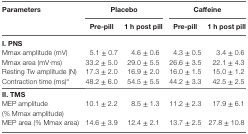
<table><thead><tr><td rowspan="2"><b>Parameters</b></td><td colspan="2"><b>Placebo</b></td><td colspan="2"><b>Caffeine</b></td></tr><tr><td><b>Pre-pill</b></td><td><b>1 h post pill</b></td><td><b>Pre-pill</b></td><td><b>1 h post pill</b></td></tr></thead><tbody><tr><td colspan="5"><b>I. PNS</b></td></tr><tr><td>Mmax amplitude (mV)</td><td>5.1 ± 0.7</td><td>4.6 ± 0.6</td><td>4.3 ± 0.5</td><td>3.4 ± 0.6</td></tr><tr><td>Mmax area (mV·ms)</td><td>33.2 ± 5.0</td><td>29.0 ± 5.5</td><td>26.6 ± 3.5</td><td>22.1 ± 4.3</td></tr><tr><td>Resting Tw amplitude (N)</td><td>17.3 ± 2.0</td><td>16.9 ± 2.0</td><td>16.0 ± 1.5</td><td>15.0 ± 1.2</td></tr><tr><td>Contraction time (ms)<sup>a</sup></td><td>48.2 ± 6.0</td><td>54.5 ± 5.5</td><td>44.2 ± 3.3</td><td>42.5 ± 2.5</td></tr><tr><td colspan="5"><b>II. TMS</b></td></tr><tr><td>MEP amplitude (% Mmax amplitude)</td><td>10.1 ± 2.2</td><td>8.5 ± 1.3</td><td>11.2 ± 2.3</td><td>17.9 ± 6.1</td></tr><tr><td>MEP area (% Mmax area)</td><td>14.6 ± 3.9</td><td>12.4 ± 2.1</td><td>13.7 ± 2.5</td><td>27.8 ± 10.8</td></tr></tbody></table>